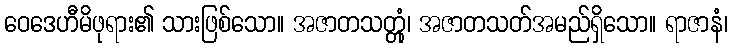
ဝေဒေဟီမိဖုရား၏ သားဖြစ်သော။ အဇာတသတ္တုံ၊ အဇာတသတ်အမည်ရှိသော။ ရာဇာနံ၊